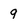
Character: 9